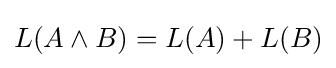
L(A\land B)=L(A)+L(B)